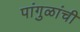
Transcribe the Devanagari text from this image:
पांगुळांची